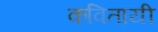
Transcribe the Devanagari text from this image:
कवितायी